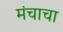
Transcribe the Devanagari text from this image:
मंचाचा